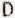
D